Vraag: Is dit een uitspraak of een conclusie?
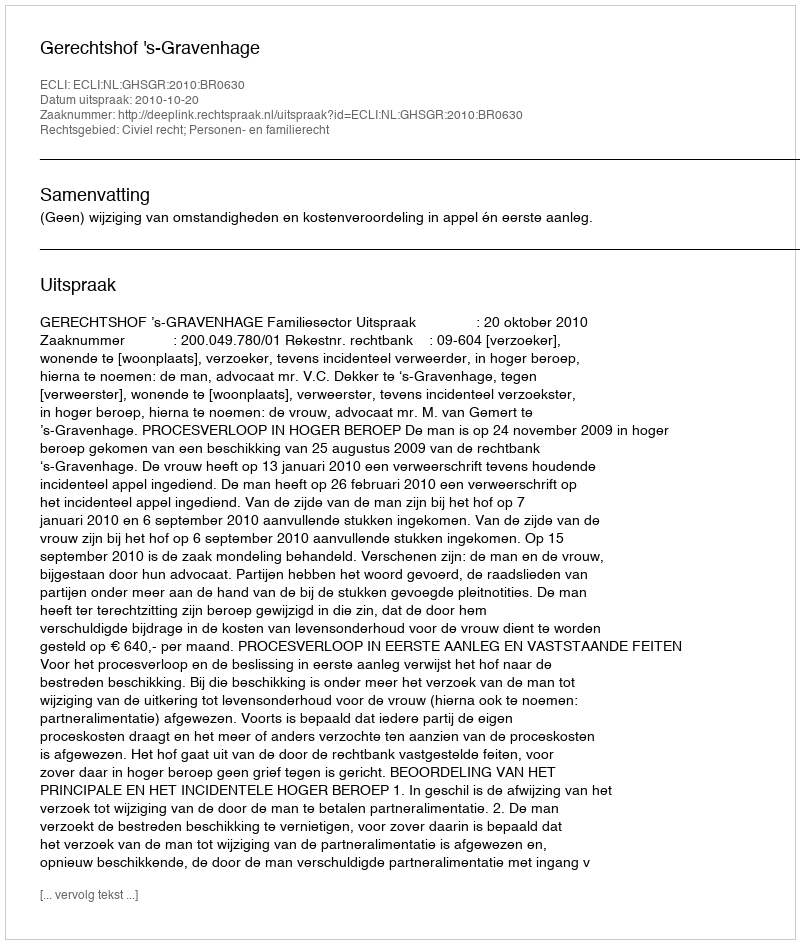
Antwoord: Uitspraak